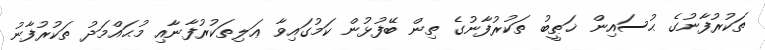
ތަކުރުފާނުގެ ޙުސައިން ޚަޠީބު ތަކުރުފާނުގެ ތިން ބޭފުޅުން ކަމުގައިވާ ޢަލިތަކުރުފާނާއި މުޙައްމަދު ތަކުރުފާނު